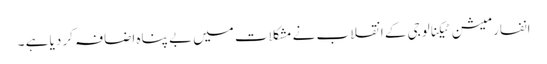
انفارمیشن ٹیکنالوجی کے انقلاب نے مشکلات میں بے پناہ اضافہ کر دیا ہے ۔